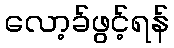
လော့ခ်ဖွင့်ရန်